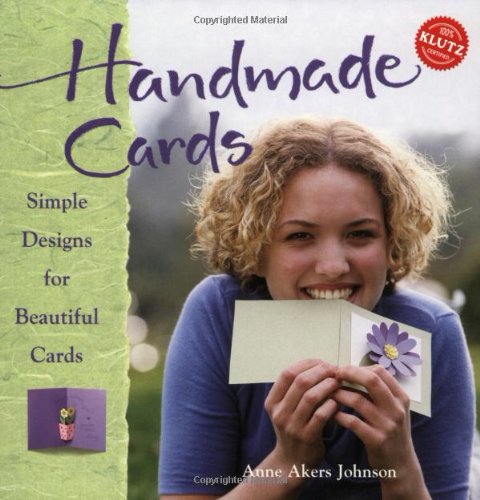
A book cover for Handmade Cards: Simple Designs for Beautiful Cards (Klutz); Teen & Young Adult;